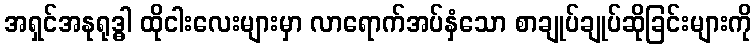
အရှင်အနုရုဒ္ဓါ ထိုငါးလေးများမှာ လာရောက်အပ်နှံသော စာချုပ်ချုပ်ဆိုခြင်းများကို